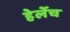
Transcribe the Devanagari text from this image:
हेर्लेच